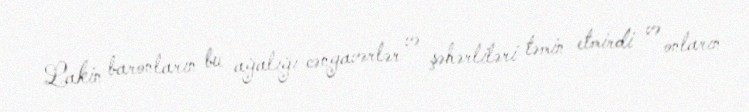
Lakin baronların bu ağalığı cəngavərlər və şəhərliləri təmin etmirdi və onların